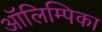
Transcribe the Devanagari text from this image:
ऑलिम्पिका